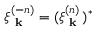
\xi _ { \textbf { k } } ^ { ( - n ) } = ( \xi _ { \textbf { k } } ^ { ( n ) } ) ^ { * }